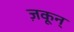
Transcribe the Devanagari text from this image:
ज़कून्